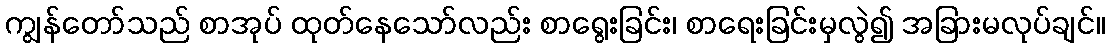
ကျွန်တော်သည် စာအုပ် ထုတ်နေသော်လည်း စာရွေးခြင်း၊ စာရေးခြင်းမှလွဲ၍ အခြားမလုပ်ချင်။